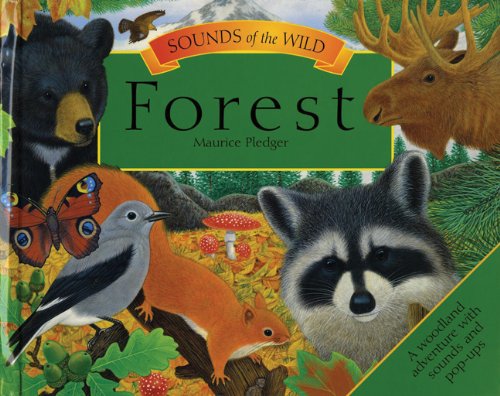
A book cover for Sounds of the Wild: Forest (Pledger Sounds); Children's Books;